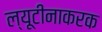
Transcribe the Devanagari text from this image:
ल्यूटीनाकरक